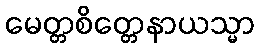
မေတ္တစိတ္တေနာယသ္မာ